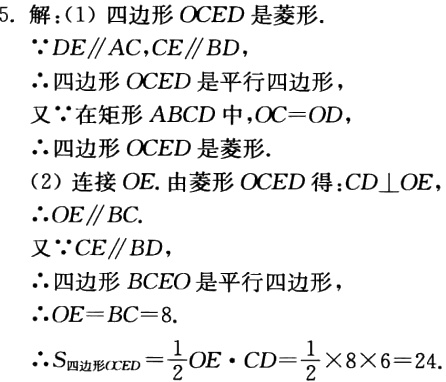
5. 解：(1) 四边形\(OCED\)是菱形.
\(\because DE\parallel AC,CE\parallel BD\)，
\(\therefore\)四边形\(OCED\)是平行四边形，
又\(\because\)在矩形\(ABCD\)中，\(OC = OD\)，
\(\therefore\)四边形\(OCED\)是菱形.
(2) 连接\(OE\). 由菱形\(OCED\)得：\(CD\perp OE\)
\(\therefore OE\parallel BC\).
又\(\because CE\parallel BD\)，
\(\therefore\)四边形\(BCEO\)是平行四边形，
\(\therefore OE = BC = 8\).
\(\therefore S_{四边形OCED}=\frac{1}{2}OE\cdot CD=\frac{1}{2}\times8\times6 = 24\).